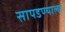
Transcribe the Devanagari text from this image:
सापडण्याला